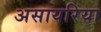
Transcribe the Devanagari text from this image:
असायरिया